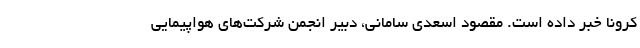
کرونا خبر داده است. مقصود اسعدی سامانی، دبیر انجمن شرکت‌های هواپیمایی